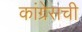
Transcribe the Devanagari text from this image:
कांग्रेसची